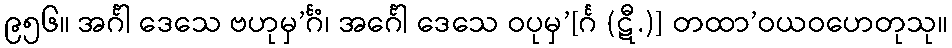
၉၅၆။ အင်္ဂါ ဒေသေ ဗဟုမှ’င်္ဂံ၊ အင်္ဂေါ ဒေသေ ဝပုမှ’[င်္ဂ (ဋီ.)] တထာ’ဝယဝဟေတုသု။